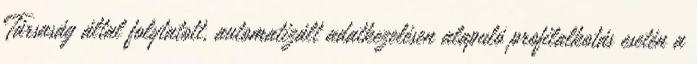
Társaság által folytatott, automatizált adatkezelésen alapuló profilalkotás esetén a